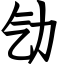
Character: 㔕